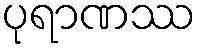
ပုရာဏဿ